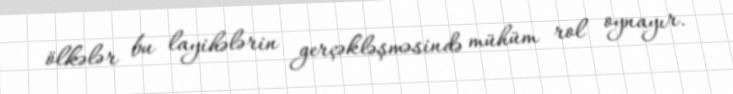
ölkələr bu layihələrin gerçəkləşməsində mühüm rol oynayır.